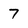
Character: 7